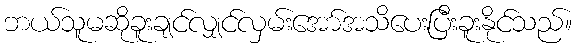
ဘယ်သူမဆိုခူးချင်လျှင်လှမ်းအော်အသိပေးပြီးခူးနိုင်သည်။